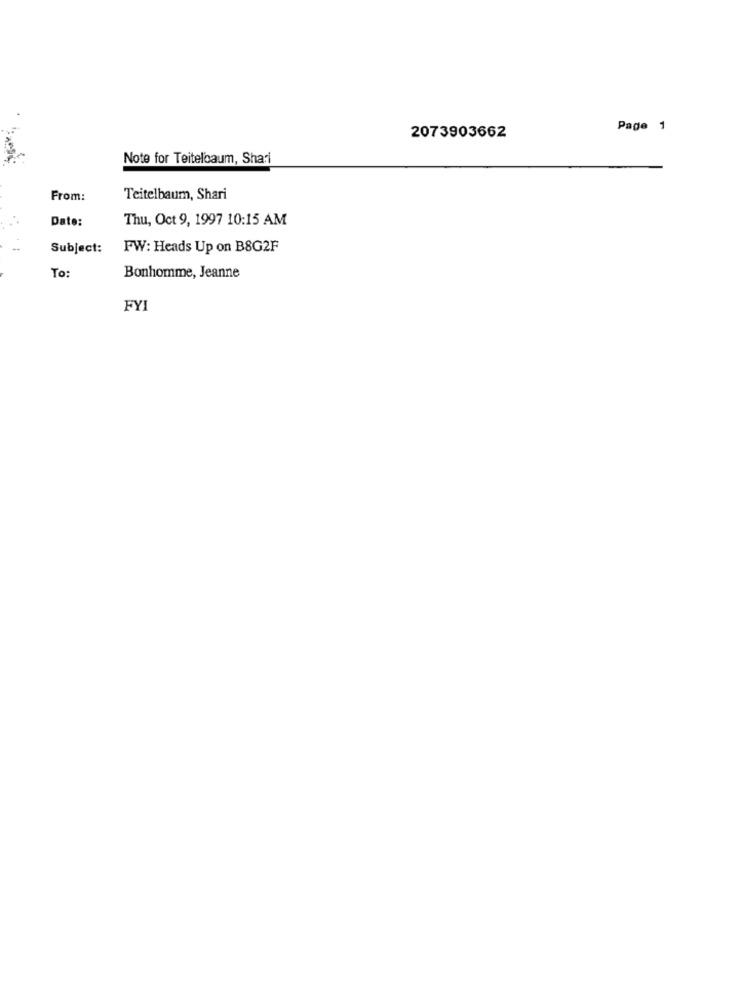
2073903662
Page 1
Note for Teitelbaum, Shari
From:
Teitelbaum, Shari
Date:
Thu, Oct 9, 1997 10:15 AM
Subject:
FW: Heads Up on B8G2F
To:
Bonhomme, Jeanne
FYI